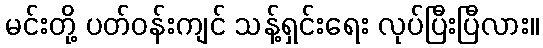
မင်းတို့ ပတ်ဝန်းကျင် သန့်ရှင်းရေး လုပ်ပြီးပြီလား။